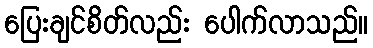
ပြေးချင်စိတ်လည်း ပေါက်လာသည်။